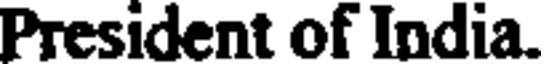
President of India.